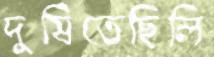
দুষিতেছিলি